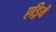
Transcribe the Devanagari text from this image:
एड्रियें